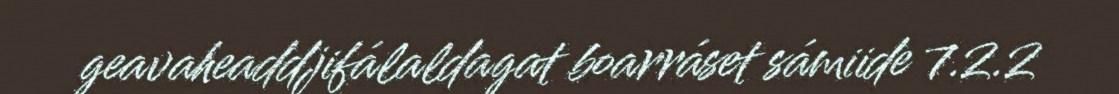
geavaheaddjifálaldagat boarráset sámiide 7.2.2